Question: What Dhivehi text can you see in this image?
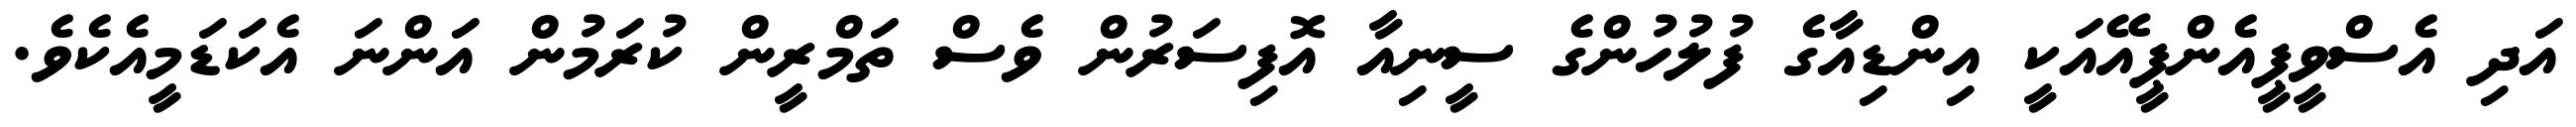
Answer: އަދި އެސްވީޕީއެންޕީއޭއަކީ އިންޑިއާގެ ފުލުހުންގެ ސީނިއާ އޮފިސަރުން ވެސް ތަމްރީން ކުރަމުން އަންނަ އެކަޑަމީއެކެވެ.